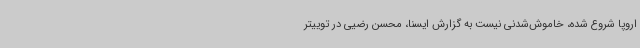
اروپا شروع شده، خاموش‌شدنی نیست به گزارش ایسنا، محسن رضیی در توییتر